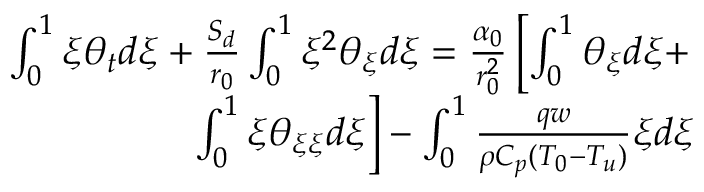
\begin{array} { r } { \int _ { 0 } ^ { 1 } \xi \theta _ { t } d \xi + \frac { S _ { d } } { r _ { 0 } } \int _ { 0 } ^ { 1 } \xi ^ { 2 } \theta _ { \xi } d \xi = \frac { \alpha _ { 0 } } { r _ { 0 } ^ { 2 } } \left[ \int _ { 0 } ^ { 1 } \theta _ { \xi } d \xi + \right. } \\ { \left. \int _ { 0 } ^ { 1 } \xi \theta _ { \xi \xi } d \xi \right] - \int _ { 0 } ^ { 1 } \frac { q w } { \rho C _ { p } ( T _ { 0 } - T _ { u } ) } \xi d \xi } \end{array}